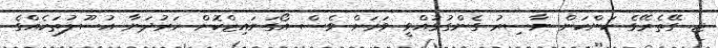
ޖ. ގޭތެރޭގެ ކަންކަން ނާސިރު ގެންގުޅުއްވީ ވަރަށް ވެސް އޯގަނައިޒްކޮށް ހަރުދަނާ އުސޫލުތަކެއްގެ